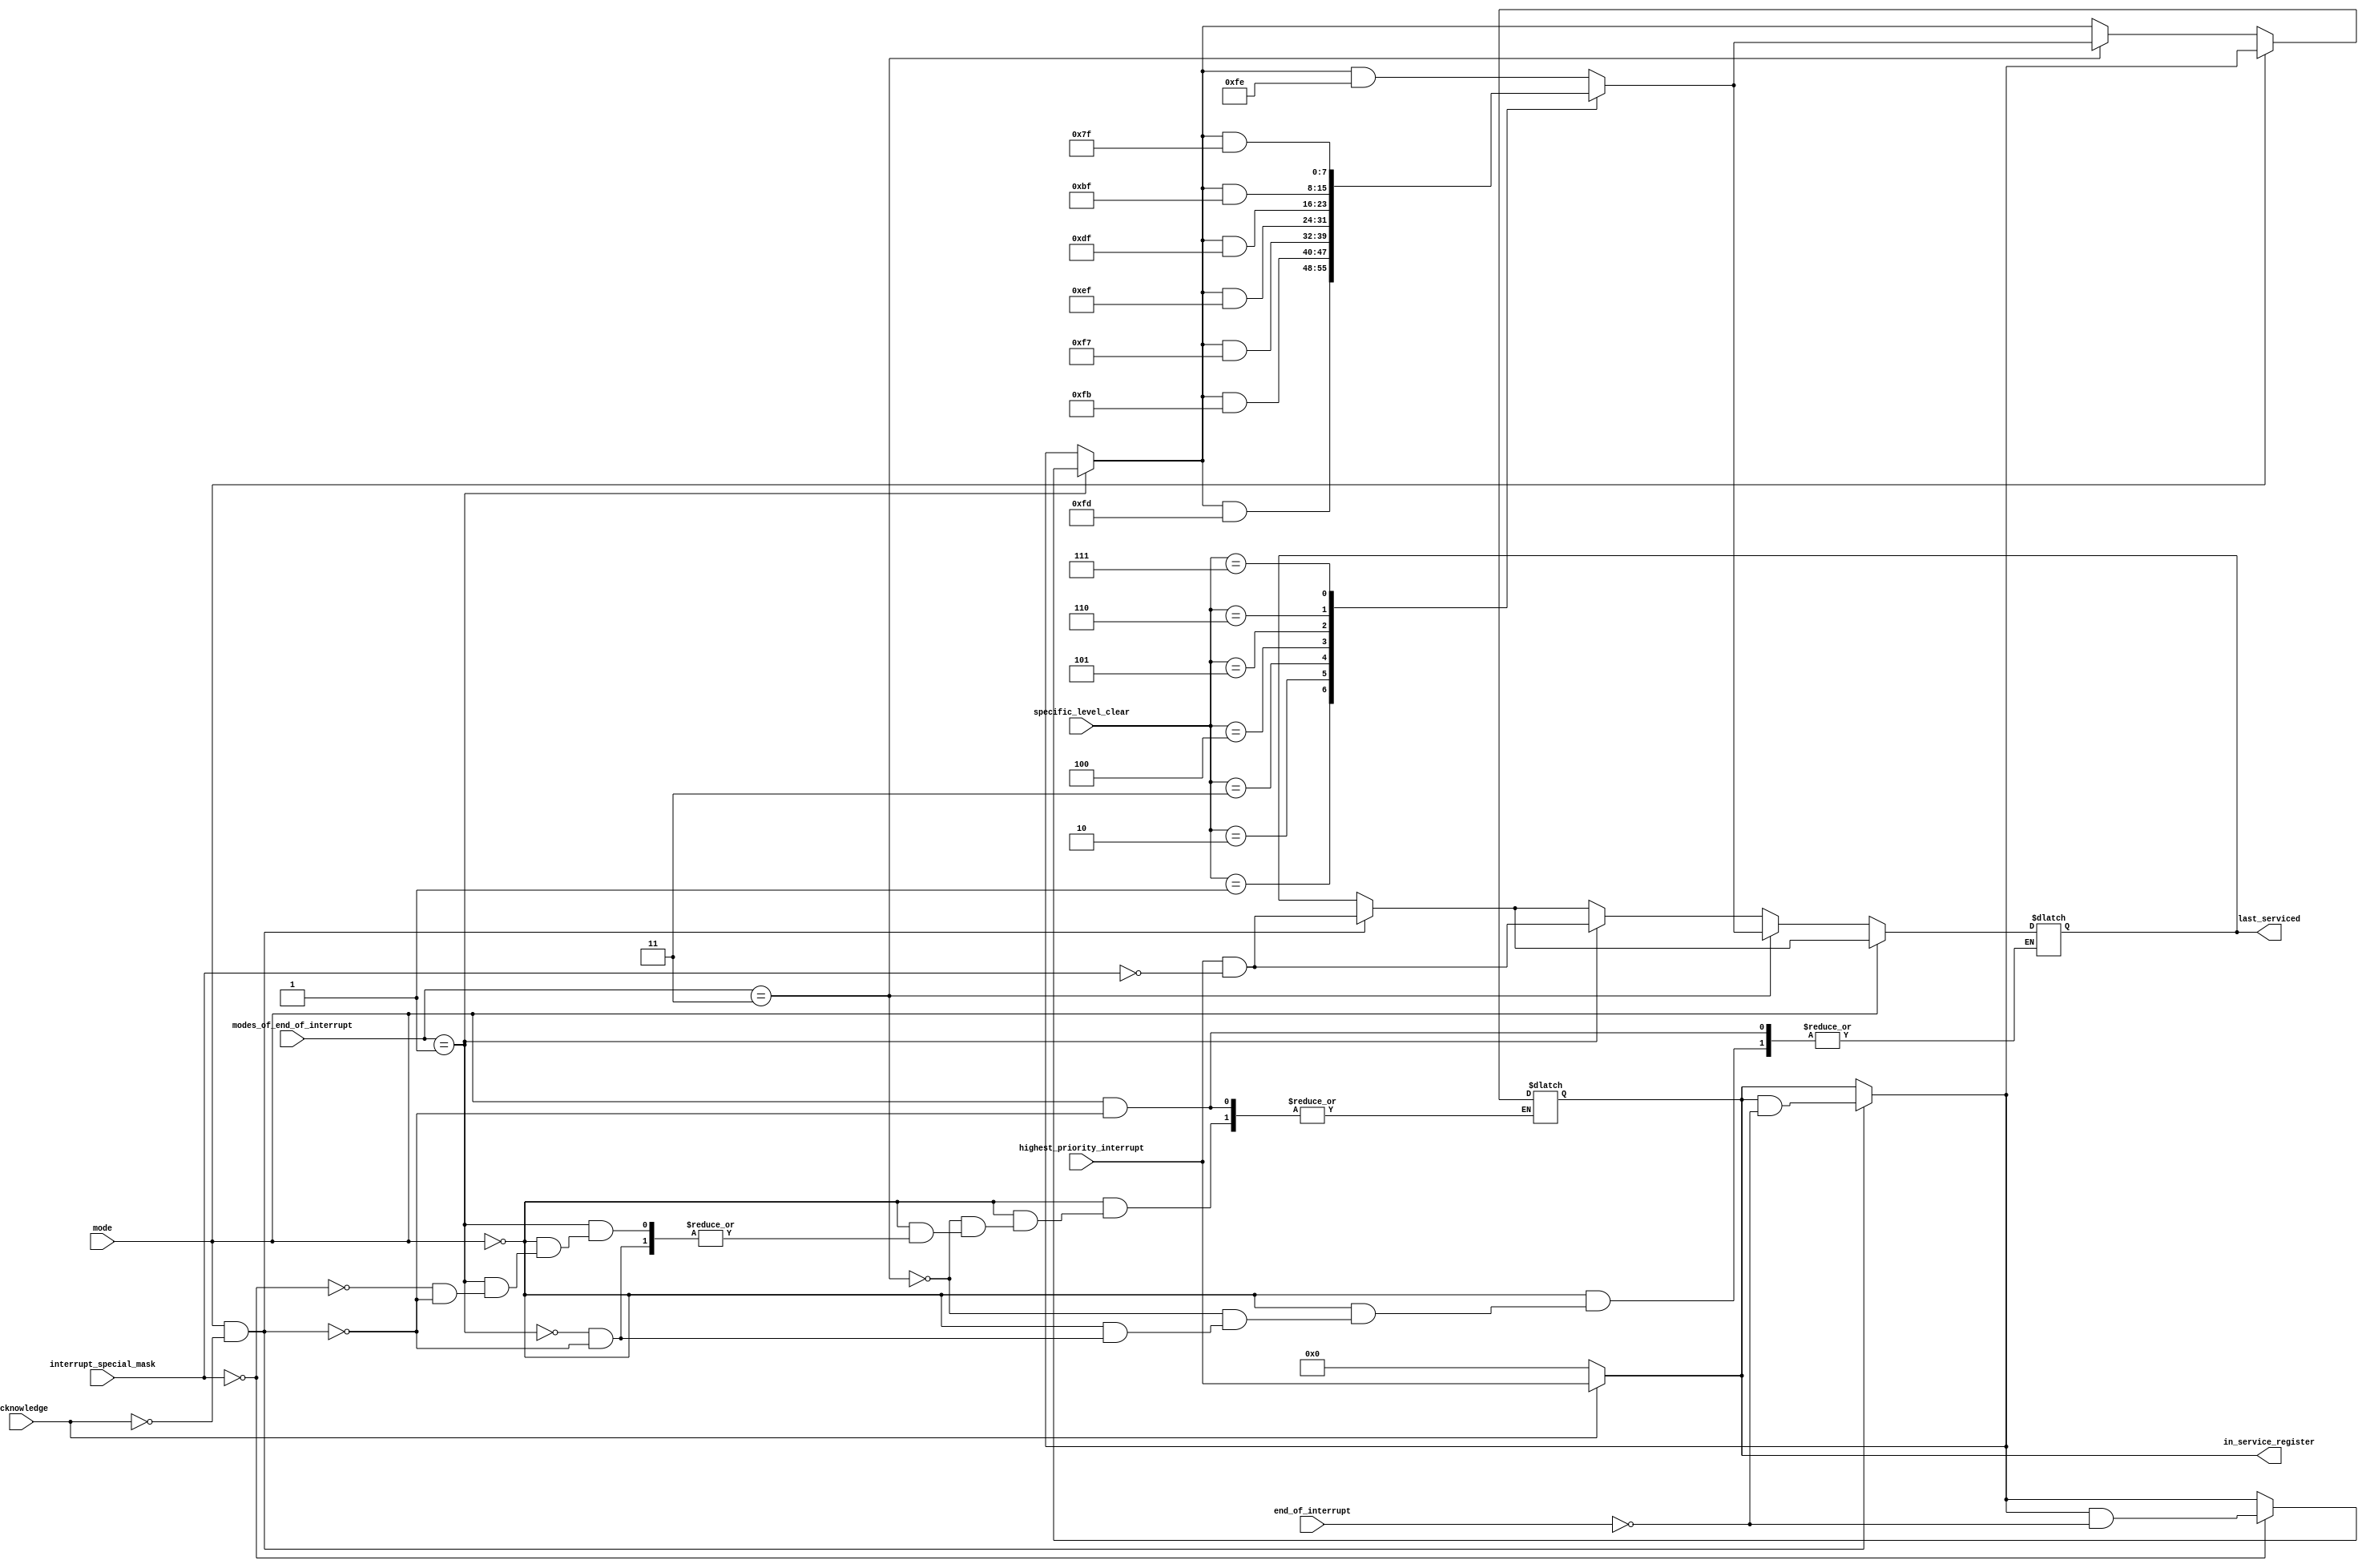
module ISR (
   input   wire           mode,                          // AEOI=1 , EOI=0
   input   wire   [2:0]   modes_of_end_of_interrupt,    // comes from ocw2 D7-D5 and defined modes of interrupt 
   input   wire   [7:0]   interrupt_special_mask,      // from IMR
   input   wire   [7:0]   highest_priority_interrupt, //from priority register  
   input   wire           acknowledge,               //flag from control logic to indicate the start of interrupt 
   input   wire   [7:0]   end_of_interrupt,         // reg from control logic to indicate the end of interrupt
   input   wire   [2:0]   specific_level_clear,    //comes from ocw2 L0-L2

   output  reg    [7:0]   in_service_register,   // given to priority register
   output  reg    [7:0]   last_serviced         // given to data bus & priority register
);
   reg [7:0] next_in_service_register;
    always@* begin
       next_in_service_register = (acknowledge == 1'b1 ? highest_priority_interrupt : 8'b00000000); 
        in_service_register = next_in_service_register;    
   end
    reg [7:0] next_last_serviced;
   
    always @* begin
	    if(mode==1'b1 && acknowledge==1'b0) begin                      //automatic EOI command
			in_service_register=(in_service_register & ~end_of_interrupt);
			next_last_serviced = highest_priority_interrupt & ~interrupt_special_mask;
			end

             if(mode==1'b0)begin

		     if(modes_of_end_of_interrupt==3'b001)begin                                   //non specific EOI command

				if(interrupt_special_mask==8'b00000000)begin                    //It should be noted that an IS bit that is masked 
				in_service_register=(in_service_register & ~end_of_interrupt); // by an IMR bit will not be cleared by a non-specific EOI if the 8259A is in the Special Mask Mode.
				next_last_serviced = highest_priority_interrupt & ~interrupt_special_mask;
			  end

			  else begin
				in_service_register=in_service_register;
				next_last_serviced=highest_priority_interrupt & ~interrupt_special_mask;
			  end

			end

			if(modes_of_end_of_interrupt==3'b011)begin                   //specific EOI command
			  case (specific_level_clear) 
                3'b000: in_service_register = in_service_register & 8'b11111110;    // A specific EOI can be issued with OCW2
                3'b001: in_service_register = in_service_register & 8'b11111101;   // L0 L2 is the binary level of the IS bit to be reset
                3'b010: in_service_register = in_service_register & 8'b11111011; 
                3'b011: in_service_register = in_service_register & 8'b11110111; 
                3'b100: in_service_register = in_service_register & 8'b11101111; 
                3'b101: in_service_register = in_service_register & 8'b11011111; 
                3'b110: in_service_register = in_service_register & 8'b10111111; 
                3'b111: in_service_register = in_service_register & 8'b01111111; 
			  endcase
			  next_last_serviced=in_service_register;

		end
	end
	end

    always @* begin
			last_serviced = next_last_serviced;
    end
    
endmodule